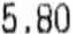
5.80